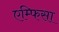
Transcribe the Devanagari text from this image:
एम्फिसा